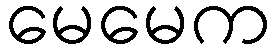
မေမေက